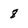
Character: 8